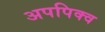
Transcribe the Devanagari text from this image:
अपपिक्व